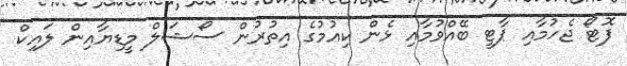
ފޮޓޯ ޖެހުމާއި ޕާޓީ ބޭއްވުމާއި ޅެން ކިއުމުގެ އިތުރުން ސޯޝަލް މީޑިޔާއިން ލައިކް